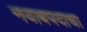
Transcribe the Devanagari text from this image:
नवाबपदाचा